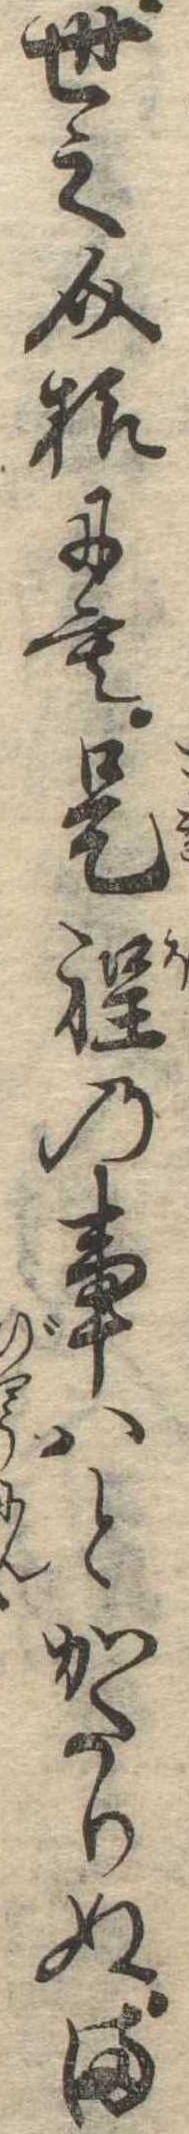
世之介様にも是程の事はとかたりぬま